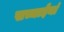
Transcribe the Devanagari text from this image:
सच्चाईयां